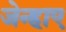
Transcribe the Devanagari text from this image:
जेन्हाए